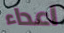
اعداء